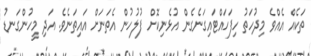
ތަކެއް އެއްވެ މިދުހަތު ހިފަހައްޓައިގަނެގެން އުޅެނިކޮށް ފުލުހުން އެތަނަށް އައިތަނެވެ. އަދި މީހުންގަނޑު